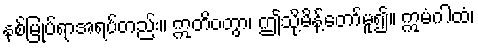
နစ်မြုပ်ရာအရပ်တည်း။ ဣတိဝတွာ၊ ဤသို့မိန့်တော်မူ၍။ ဣမံဂါထံ၊